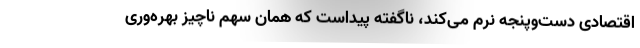
اقتصادی دست‌وپنجه نرم می‌کند، ناگفته پیداست که همان سهم ناچیز بهره‌وری